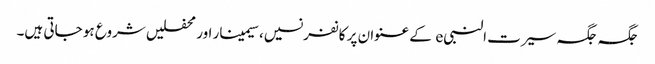
جگہ جگہ سیرت النبیe کے عنوان پر کانفرنسیں، سیمینار اور محفلیں شروع ہو جاتی ہیں۔